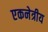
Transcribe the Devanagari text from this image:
एकनेत्रीय